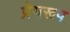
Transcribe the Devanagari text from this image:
प्रेमरूप